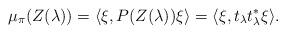
LaTeX: \begin{align*}\mu_\pi(Z(\lambda))=\langle \xi, P(Z(\lambda))\xi\rangle=\langle \xi, t_\lambda t^*_\lambda\xi \rangle.\end{align*}